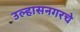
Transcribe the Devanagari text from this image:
उल्हासनगरचे